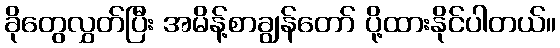
ခိုတွေလွှတ်ပြီး အမိန့်စာချွန်တော် ပို့ထားနိုင်ပါတယ်။